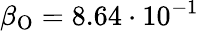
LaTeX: \beta_{\textup{O}}=8.64\cdot 10^{-1}